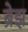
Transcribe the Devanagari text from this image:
ब्रेझ